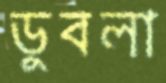
ডুবলা